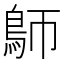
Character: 𩿐